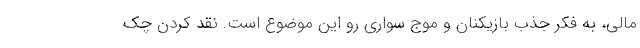
مالی، به فکر جذب بازیکنان و موج سواری رو این موضوع است. نقد کردن چک